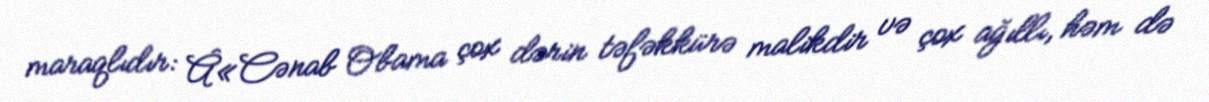
maraqlıdır: Â«Cənab Obama çox dərin təfəkkürə malikdir və çox ağıllı, həm də